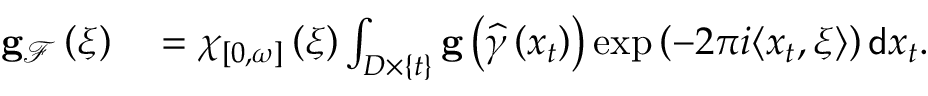
\begin{array} { r l } { \mathbf { g } _ { \mathcal { F } } \left( \xi \right) } & { { } = \chi _ { \left[ 0 , \omega \right] } \left( \xi \right) \int _ { D \times \{ t \} } \mathbf { g } \left( \widehat { \gamma } \left( x _ { t } \right) \right) \exp \left( - 2 \pi i \langle x _ { t } , \xi \rangle \right) \mathsf { d } x _ { t } . } \end{array}